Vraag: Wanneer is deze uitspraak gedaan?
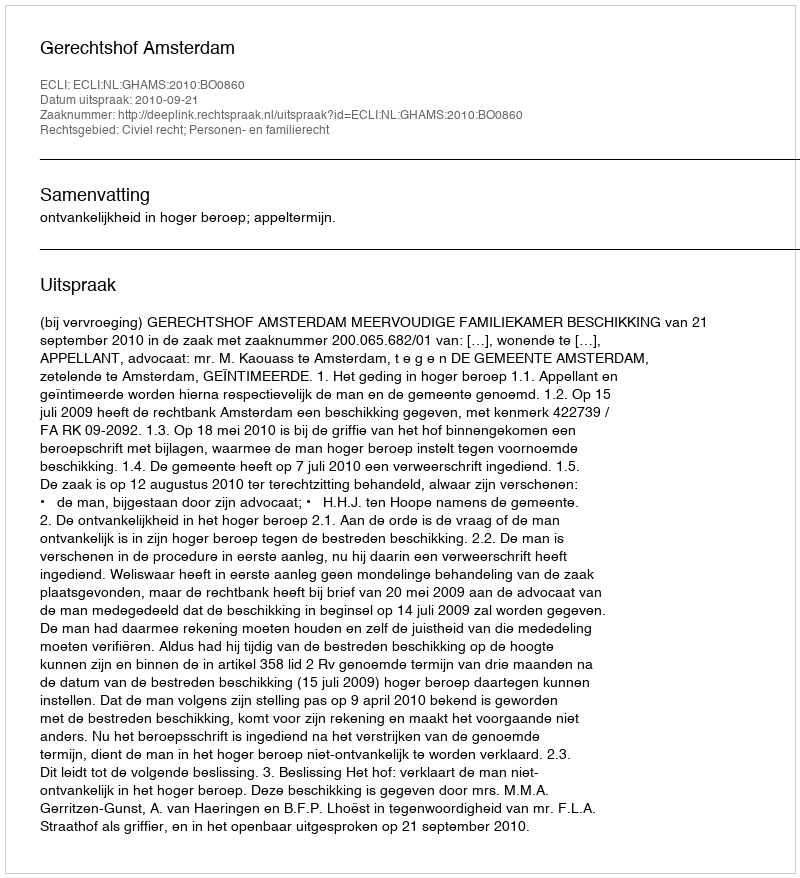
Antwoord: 2010-09-21